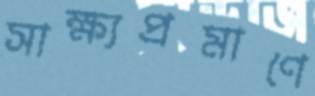
সাক্ষ্যপ্রমাণে